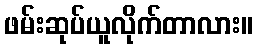
ဖမ်းဆုပ်ယူလိုက်တာလား။